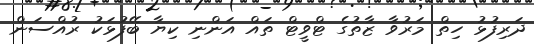
ދަރިފުޅު ހިތް މަރުވާ ޒާތުގެ ޓްވީޓް ތައް އަންނި ކިޔާ ބޭފުޅަކު ރުއްސަން